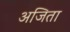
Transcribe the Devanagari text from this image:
अजिता